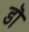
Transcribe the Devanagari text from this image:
डॊ